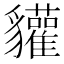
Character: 貛